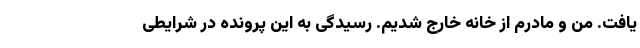
یافت. من و مادرم از خانه خارج شدیم. رسیدگی به این پرونده در شرایطی